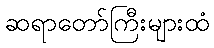
ဆရာတော်ကြီးများထံ